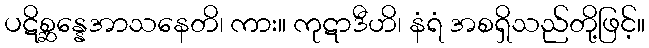
ပဋိစ္ဆန္နေအာသနေတိ၊ ကား။ ကုဋာဒီဟိ၊ နံရံ အစရှိသည်တို့ဖြင့်။